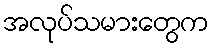
အလုပ်သမားတွေက